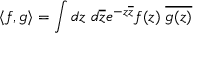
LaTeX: \langle f , g \rangle = \int d z \; d \overline { { { z } } } e ^ { - z \overline { { { z } } } } f ( z ) \; \overline { { { g ( z ) } } }